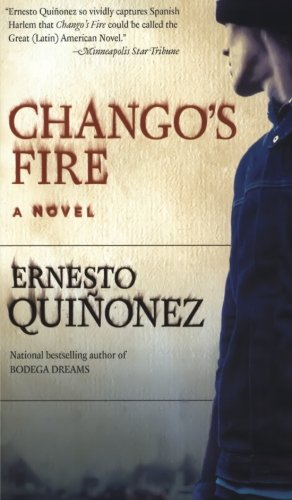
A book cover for Chango's Fire: A Novel; Ernesto Quinonez; Literature & Fiction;